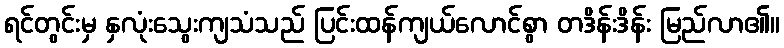
ရင်တွင်းမှ နှလုံးသွေးကျသံသည် ပြင်းထန်ကျယ်လောင်စွာ တဒိန်းဒိန်း မြည်လာ၏။